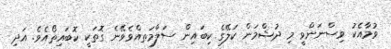
ވުމާއެކު ވިސްނަންވީ މި ދުޝްމަން ކަލޭގެ ކިބައިން ސަލާމަތއްވެވޭނެ ގޮތަކީ ކޮބައިތޯއެވެ. އަދި